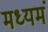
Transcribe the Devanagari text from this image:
मध्यमं